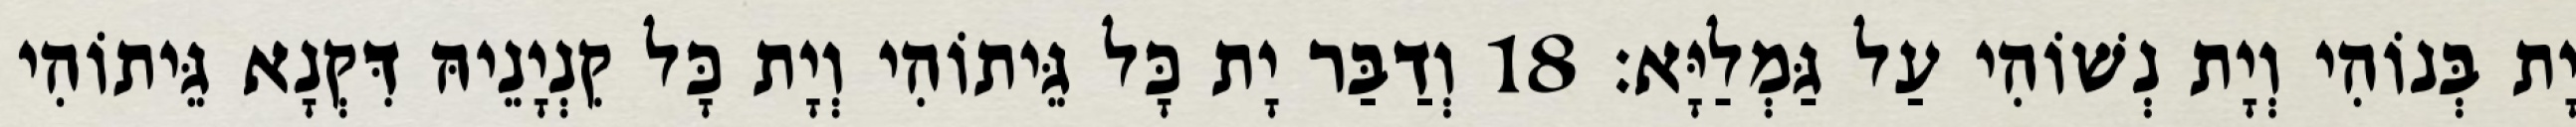
יָת בְּנוֹהִי וְיָת נְשׁוֹהִי עַל גַּמְלַיָּא׃ 18 וְדַבַּר יָת כָּל גֵּיתוֹהִי וְיָת כָּל קִנְיָנֵיהּ דִּקְנָא גֵּיתוֹהִי